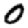
Digit: 0